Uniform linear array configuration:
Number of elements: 24
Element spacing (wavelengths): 0.25
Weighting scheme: hann
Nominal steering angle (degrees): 30
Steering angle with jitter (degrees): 30.611
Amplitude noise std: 0.05
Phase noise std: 0.05

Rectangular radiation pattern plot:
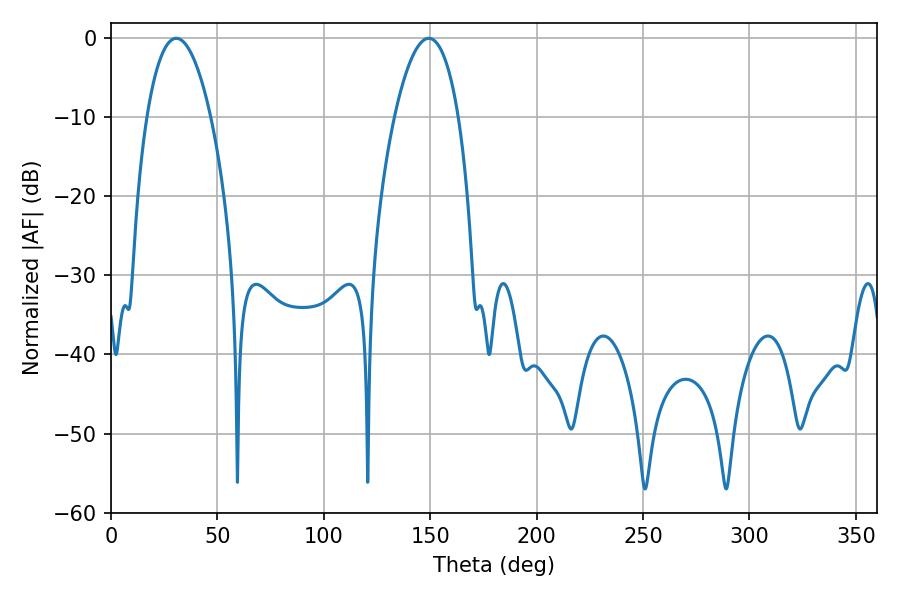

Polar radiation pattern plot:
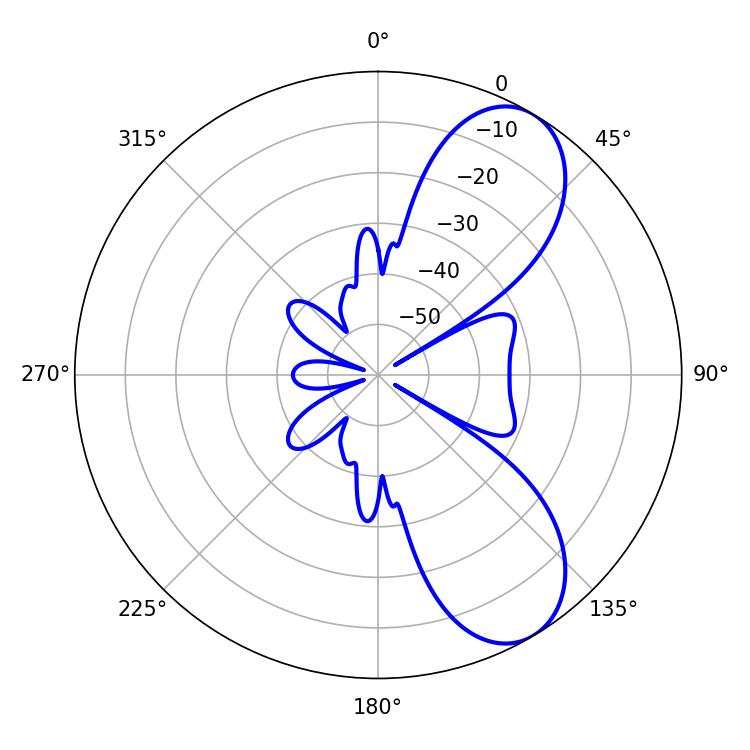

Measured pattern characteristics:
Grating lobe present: FALSE
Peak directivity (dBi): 7.945
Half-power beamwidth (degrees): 16.74
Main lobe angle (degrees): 30.6